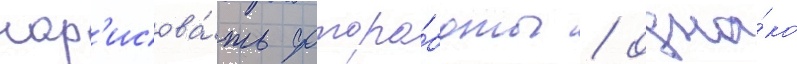
нар'исова́ть фоторо́боты / одна́ко